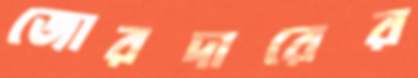
জোরদারের